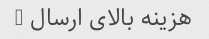
هزینه بالای ارسال …